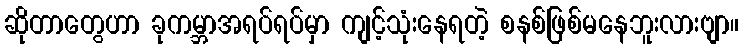
ဆိုတာတွေဟာ ခုကမ္ဘာအရပ်ရပ်မှာ ကျင့်သုံးနေရတဲ့ စနစ်ဖြစ်မနေဘူးလားဗျာ။